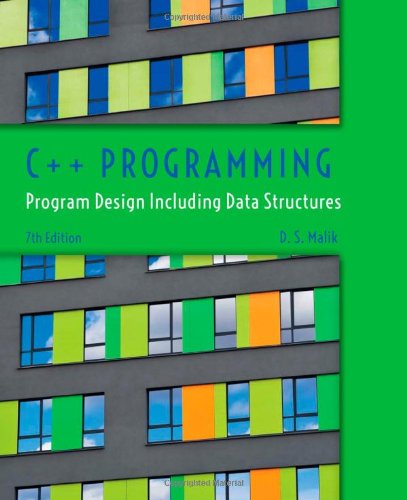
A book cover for C++ Programming: Program Design Including Data Structures; D. S. Malik; Computers & Technology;